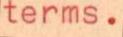
terms.